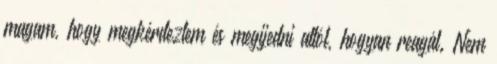
magam, hogy megkérdeztem és megijedni attól, hogyan reagál. Nem